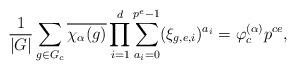
LaTeX: \begin{align*}\frac{1}{|G|}\sum_{g\in G_c}\overline{\chi_{\alpha}(g)}\prod_{i=1}^d\sum_{a_i=0}^{p^e-1}(\xi_{g,e,i})^{a_i}=\varphi_{c}^{(\alpha)}p^{ce},\end{align*}